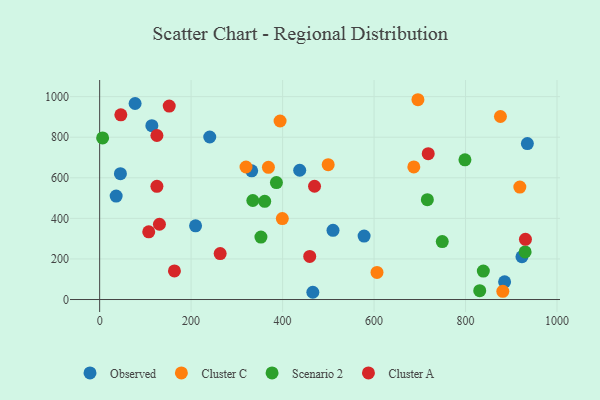
{"axis": {"x": "Ad Spend", "y": "Salary"}, "legend": ["Cluster A", "Cluster C", "Observed", "Scenario 2"], "data": [{"x": "240.7", "y": 801.1, "type": "Observed"}, {"x": "77.5", "y": 966.3, "type": "Observed"}, {"x": "885.4", "y": 87.1, "type": "Observed"}, {"x": "114.1", "y": 856.8, "type": "Observed"}, {"x": "209.7", "y": 363.4, "type": "Observed"}, {"x": "45.4", "y": 620.2, "type": "Observed"}, {"x": "332.4", "y": 634.4, "type": "Observed"}, {"x": "935.2", "y": 768.8, "type": "Observed"}, {"x": "36.1", "y": 509.9, "type": "Observed"}, {"x": "578.2", "y": 312.5, "type": "Observed"}, {"x": "466.1", "y": 35.7, "type": "Observed"}, {"x": "510.2", "y": 341.3, "type": "Observed"}, {"x": "923.3", "y": 210.8, "type": "Observed"}, {"x": "437.4", "y": 637.1, "type": "Observed"}, {"x": "876.3", "y": 902.0, "type": "Cluster C"}, {"x": "918.7", "y": 554.4, "type": "Cluster C"}, {"x": "394.5", "y": 879.9, "type": "Cluster C"}, {"x": "320.0", "y": 653.2, "type": "Cluster C"}, {"x": "369.0", "y": 651.4, "type": "Cluster C"}, {"x": "499.7", "y": 664.9, "type": "Cluster C"}, {"x": "695.9", "y": 984.8, "type": "Cluster C"}, {"x": "686.9", "y": 653.6, "type": "Cluster C"}, {"x": "881.5", "y": 40.2, "type": "Cluster C"}, {"x": "606.4", "y": 133.3, "type": "Cluster C"}, {"x": "399.4", "y": 399.2, "type": "Cluster C"}, {"x": "360.9", "y": 483.8, "type": "Scenario 2"}, {"x": "334.9", "y": 488.1, "type": "Scenario 2"}, {"x": "749.1", "y": 285.5, "type": "Scenario 2"}, {"x": "716.5", "y": 492.3, "type": "Scenario 2"}, {"x": "386.5", "y": 576.5, "type": "Scenario 2"}, {"x": "930.3", "y": 234.6, "type": "Scenario 2"}, {"x": "798.7", "y": 688.7, "type": "Scenario 2"}, {"x": "838.9", "y": 140.1, "type": "Scenario 2"}, {"x": "6.5", "y": 796.6, "type": "Scenario 2"}, {"x": "831.0", "y": 43.4, "type": "Scenario 2"}, {"x": "352.6", "y": 308.0, "type": "Scenario 2"}, {"x": "163.5", "y": 140.7, "type": "Cluster A"}, {"x": "469.8", "y": 558.3, "type": "Cluster A"}, {"x": "125.2", "y": 808.5, "type": "Cluster A"}, {"x": "125.2", "y": 558.0, "type": "Cluster A"}, {"x": "263.5", "y": 226.3, "type": "Cluster A"}, {"x": "931.0", "y": 296.9, "type": "Cluster A"}, {"x": "107.3", "y": 333.6, "type": "Cluster A"}, {"x": "46.3", "y": 910.2, "type": "Cluster A"}, {"x": "152.1", "y": 953.7, "type": "Cluster A"}, {"x": "459.3", "y": 212.2, "type": "Cluster A"}, {"x": "718.4", "y": 718.9, "type": "Cluster A"}, {"x": "130.7", "y": 371.1, "type": "Cluster A"}]}